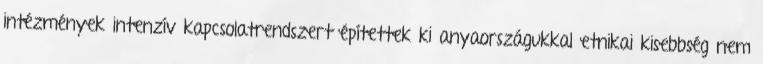
intézmények intenzív kapcsolatrendszert építettek ki anyaországukkal etnikai kisebbség nem